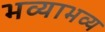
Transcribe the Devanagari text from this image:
भव्याभव्य